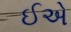
ઈએ